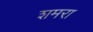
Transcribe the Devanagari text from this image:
शमरा